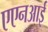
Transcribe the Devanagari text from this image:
एएनआई